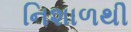
નિશાળથી